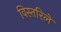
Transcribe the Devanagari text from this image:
विस्तरिले